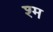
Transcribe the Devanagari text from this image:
श्म